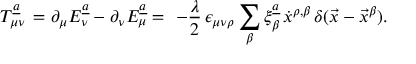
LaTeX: T _ { \mu \nu } \sp { \underline { { { a } } } } \, = \partial _ { \mu } E _ { \nu } ^ { \underline { { { a } } } } - \partial _ { \nu } E _ { \mu } ^ { \underline { { { a } } } } = \, \, - { \frac { \lambda } { 2 } } \, \epsilon _ { \mu \nu \rho } \sum _ { \beta } \xi _ { \beta } \sp { \underline { { { a } } } } \, \dot { x } \sp { \rho , \beta } \, \delta ( \vec { x } - \vec { x } \sp { \beta } ) .